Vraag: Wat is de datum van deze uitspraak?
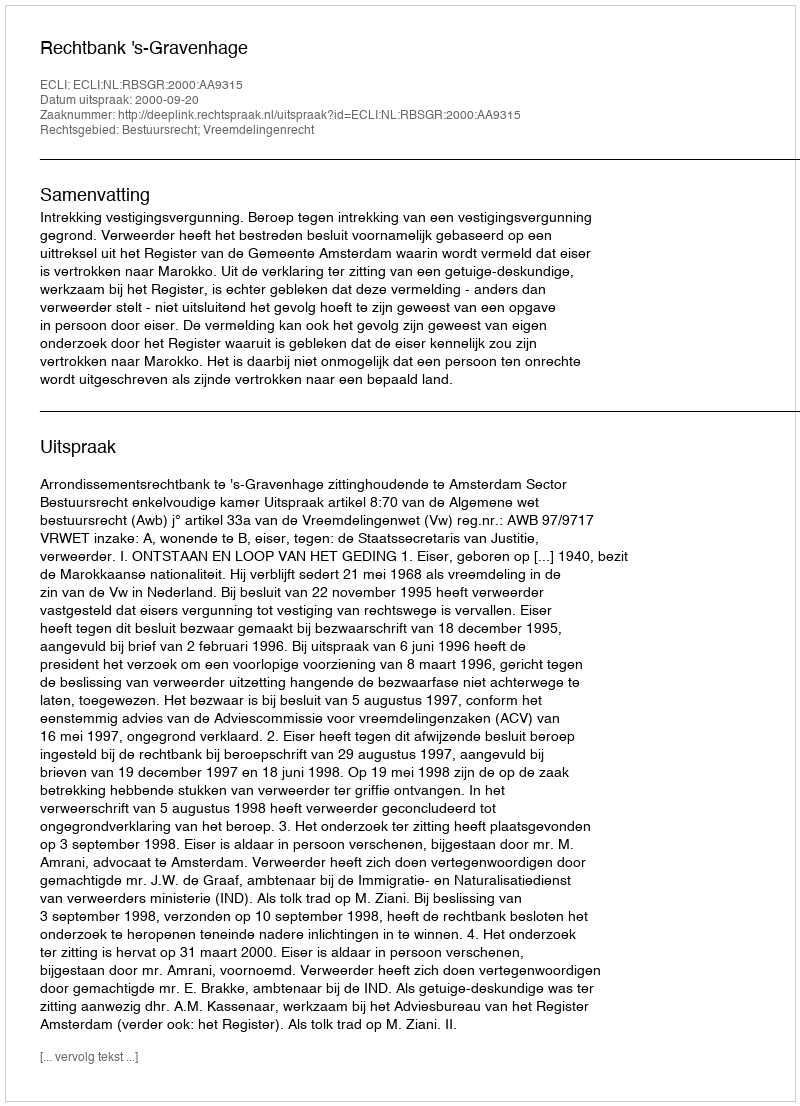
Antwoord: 2000-09-20